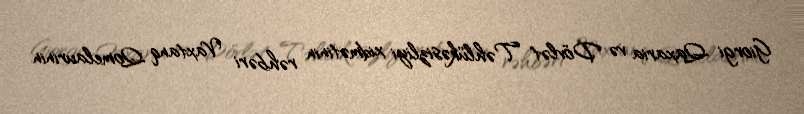
Giorgi Qaxaria və Dövlət Təhlükəsizliyi xidmətinin rəhbəri Vaxtanq Qomelaurinin